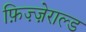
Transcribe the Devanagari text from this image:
फ़िज़्ज़ेराल्ड